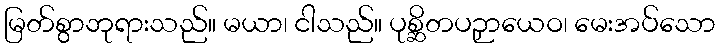
မြတ်စွာဘုရားသည်။ မယာ၊ ငါသည်။ ပုစ္ဆိတပဉှာယေဝ၊ မေးအပ်သော